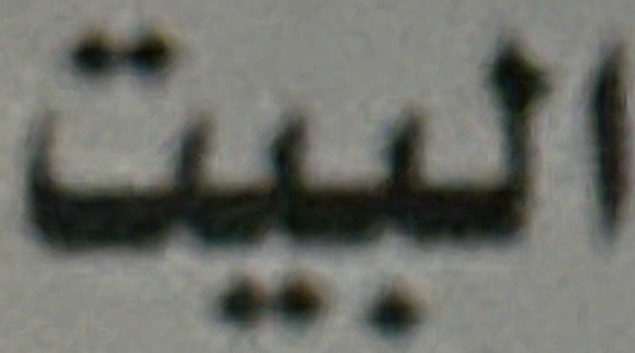
البيت